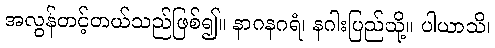
အလွန်တင့်တယ်သည်ဖြစ်၍။ နာဂနဂရံ၊ နဂါးပြည်သို့။ ပါယာသိ၊